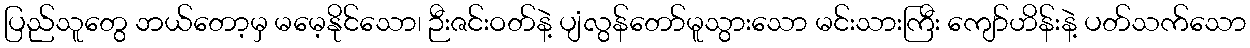
ပြည်သူတွေ ဘယ်တော့မှ မမေ့နိုင်သော၊ ဉီးဇင်းဝတ်နဲ့ ပျံလွန်တော်မူသွားသော မင်းသားကြီး ကျော်ဟိန်းနဲ့ ပတ်သက်သော